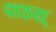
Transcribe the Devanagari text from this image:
पाठय्